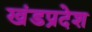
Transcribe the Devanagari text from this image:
खंडप्रदेश